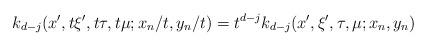
LaTeX: \begin{align*} k_{d-j}(x^\prime,t\xi^\prime,t\tau,t\mu;x_n/t,y_n/t)=t^{d-j}k_{d-j}(x^\prime,\xi^\prime,\tau,\mu;x_n,y_n)\end{align*}